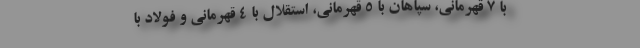
با ۷ قهرمانی، سپاهان با ۵ قهرمانی، استقلال با ۴ قهرمانی و فولاد با